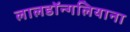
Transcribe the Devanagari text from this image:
लालडॉन्गलियाना